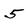
Character: 5